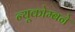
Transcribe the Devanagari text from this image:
न्यूकोम्बने